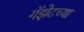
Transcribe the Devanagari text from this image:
गॅझेटच्या